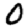
Digit: 0